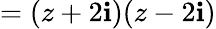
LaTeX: =(z+2\mathbf{i})(z-2\mathbf{i})